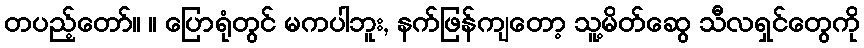
တပည့်တော်။ ။ ပြောရုံတွင် မကပါဘူး, နက်ဖြန်ကျတော့ သူ့မိတ်ဆွေ သီလရှင်တွေကို